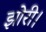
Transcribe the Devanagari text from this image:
झोरी।